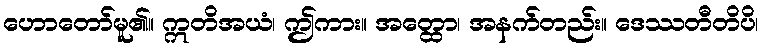
ဟောတော်မူ၏။ ဣတိအယံ၊ ဤကား။ အတ္ထော၊ အနက်တည်း။ ဒေဿတီတိပိ၊